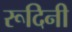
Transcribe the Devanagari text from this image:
रूदिनी